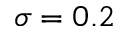
\sigma = 0 . 2